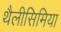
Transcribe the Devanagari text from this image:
थैलीसिमिया